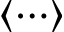
\langle \cdots \rangle